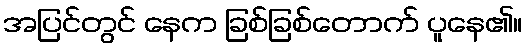
အပြင်တွင် နေက ခြစ်ခြစ်တောက် ပူနေ၏။